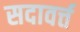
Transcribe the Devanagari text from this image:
सदावर्त्त